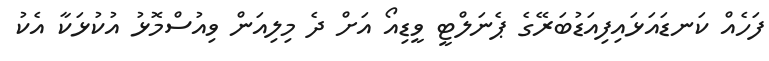
ފަހެއް ކަނޑައަޅައިފިއަޑުބަރޭގެ ޕެނަލްޓީ ވީޑިއޯ އަށް ދެ މިލިއަން ވިއުސްމޮޅު އުކުޅަކާ އެކު